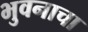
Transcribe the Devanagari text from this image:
भुवनाचा